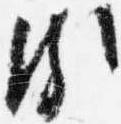
頗